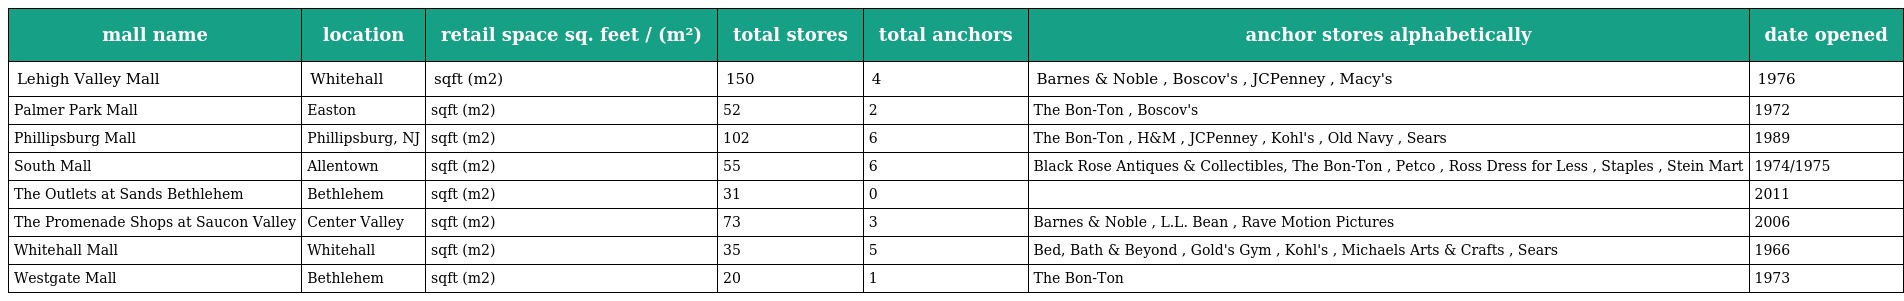
| mall name | location | retail space sq. feet / (m²) | total stores | total anchors | anchor stores alphabetically | date opened |
 | --- | --- | --- | --- | --- | --- | --- |
 | Lehigh Valley Mall | Whitehall | sqft (m2) | 150 | 4 | Barnes & Noble , Boscov's , JCPenney , Macy's | 1976 |
 | Palmer Park Mall | Easton | sqft (m2) | 52 | 2 | The Bon-Ton , Boscov's | 1972 |
 | Phillipsburg Mall | Phillipsburg, NJ | sqft (m2) | 102 | 6 | The Bon-Ton , H&M , JCPenney , Kohl's , Old Navy , Sears | 1989 |
 | South Mall | Allentown | sqft (m2) | 55 | 6 | Black Rose Antiques & Collectibles, The Bon-Ton , Petco , Ross Dress for Less , Staples , Stein Mart | 1974/1975 |
 | The Outlets at Sands Bethlehem | Bethlehem | sqft (m2) | 31 | 0 |  | 2011 |
 | The Promenade Shops at Saucon Valley | Center Valley | sqft (m2) | 73 | 3 | Barnes & Noble , L.L. Bean , Rave Motion Pictures | 2006 |
 | Whitehall Mall | Whitehall | sqft (m2) | 35 | 5 | Bed, Bath & Beyond , Gold's Gym , Kohl's , Michaels Arts & Crafts , Sears | 1966 |
 | Westgate Mall | Bethlehem | sqft (m2) | 20 | 1 | The Bon-Ton | 1973 |